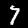
Label: 7